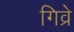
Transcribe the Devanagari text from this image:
गिव्रे